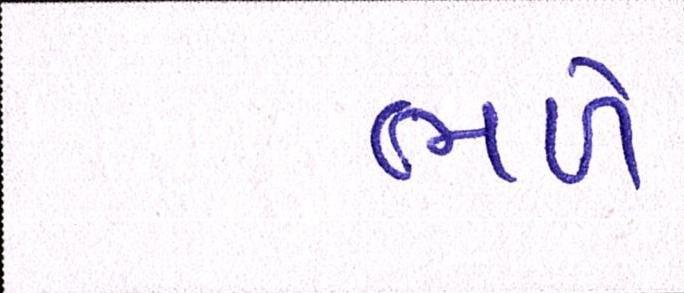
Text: ભળે